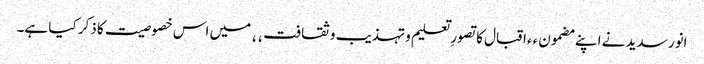
انور سدید نے اپنے مضمون ٫٫اقبال کا تصورِ تعلیم و تہذیب و ثقافت٬٬ میں اس خصوصیت کا ذکر کیا ہے۔